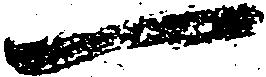
一